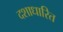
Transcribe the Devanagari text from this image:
दशाधारित